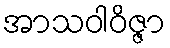
အာသဝါဝိဇ္ဇာ